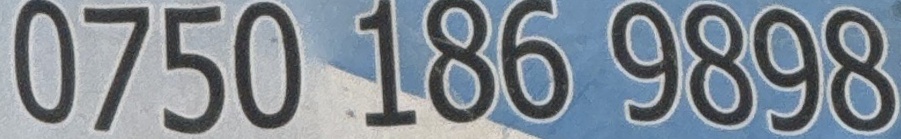
0750 186 9898